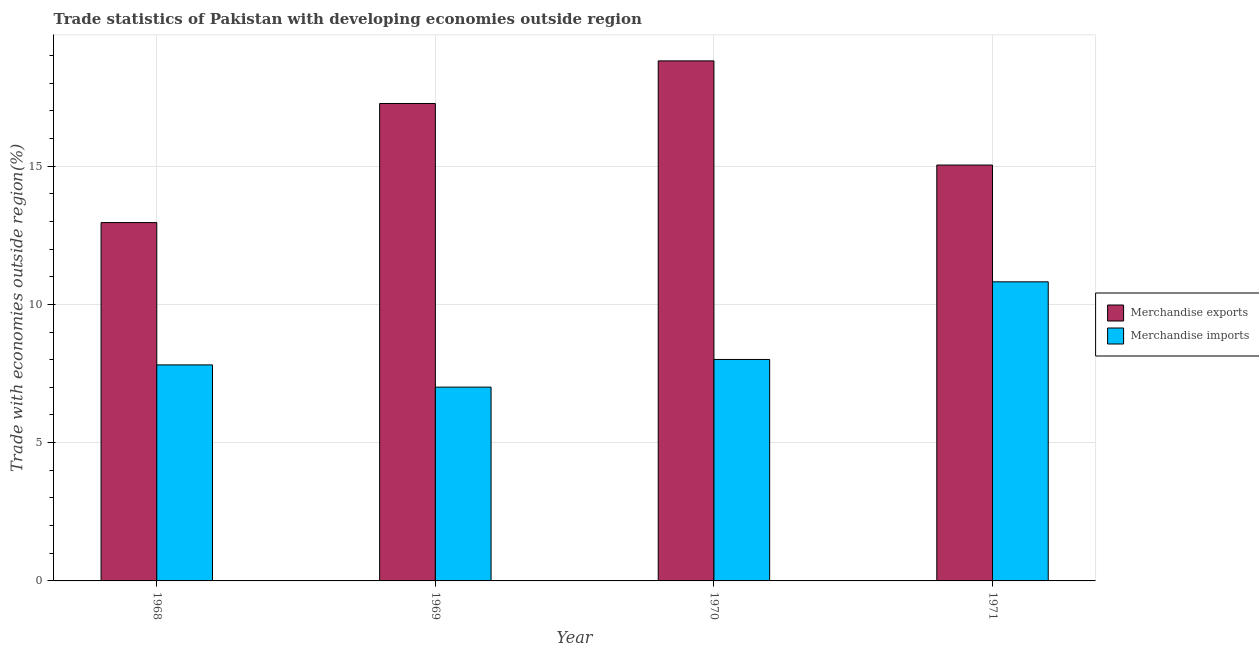
| Year | Merchandise exports | Merchandise imports |
 | --- | --- | --- |
 | 1968 | 13 | 7.81 |
 | 1969 | 17.3 | 7.01 |
 | 1970 | 18.8 | 8.01 |
 | 1971 | 15 | 10.8 |